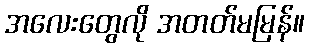
အလေးတွေလို အတတ်မမြန်။